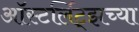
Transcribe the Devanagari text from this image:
ऑस्टर्लिट्झच्या